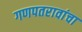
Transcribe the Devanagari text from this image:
गणपतरावांचा